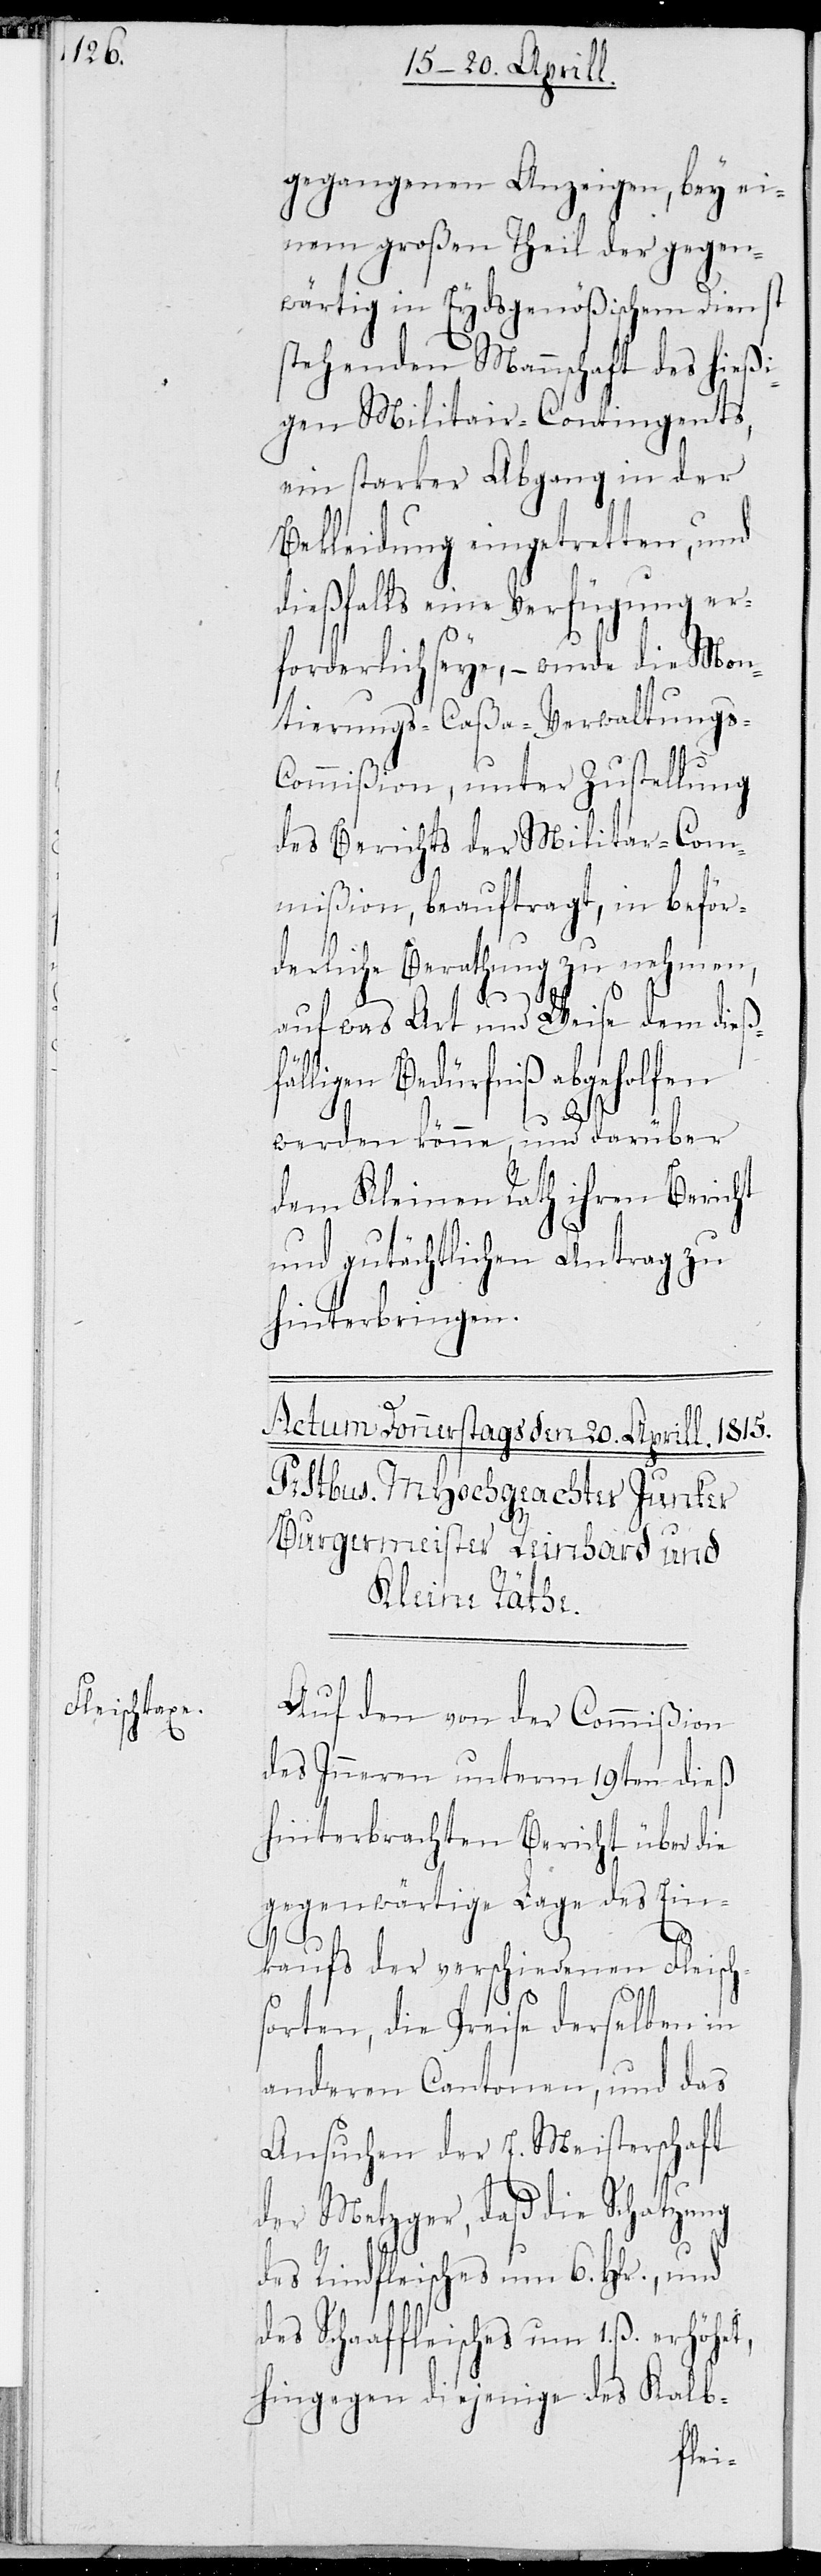
gegangenen Anzeigen, bey ei¬
nem Großen Theil der gegen¬
wärtig in Eydsgenößischem Dienst
stehenden Mannschaft des hießi¬
gen Militar-Contingents,
ein starker Abgang in der
Bekleidung eingetretten, und
dießfalls eine Verfügung er¬
folderlich seye, – wurde die Mon¬
tierungs-Caßa-Verwaltungs-C¬
ommißion, unter Zustellung
des Berichts der Militar-Com¬
mißion, beauftragt, in beför¬
derliche Berathung zu nehmen,
auf was Art und Weise dem dieß¬
fälligen Bedürfniß abgeholfen
werden könne, und darüber
dem Kleinen Rath ihren Bericht
und gutächtlichen Antrag zu
hinterbringen.
Auf den von der Commißion
des Inneren unterm 19ten dieß
hinterbrachten Bericht über die
gegenwärtige Lage des Ein¬
kaufs der verschiedenen Fleisch¬
sorten, die Preise derselben in
anderen Cantonen, und das
Ansuchen der E. Meisterschaft
der Metzger, daß die Schatzung
des Rindfleisches um 6. Hlr., und
des Schaaffleisches um 1. ß. erhöht,
hingegen diejenige des Kalb-